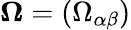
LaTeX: \boldsymbol{\Omega}=(\Omega_{\alpha\beta})